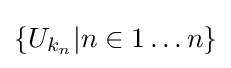
\{U_{k_{n}}|n\in 1\dots n\}